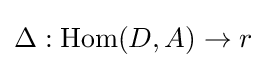
\Delta :\operatorname {Hom} (D,A)\to r